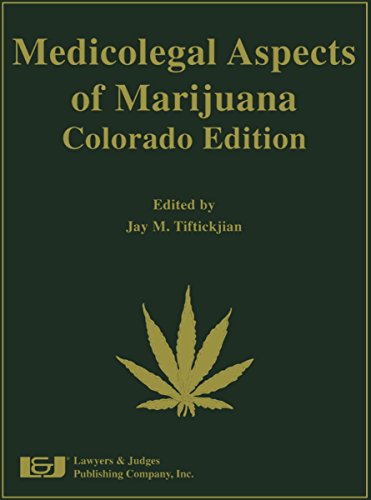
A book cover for Medicolegal Aspects of Marijuana: Colorado Edition; Jay M. Tiftickjian; Law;